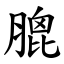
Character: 膍